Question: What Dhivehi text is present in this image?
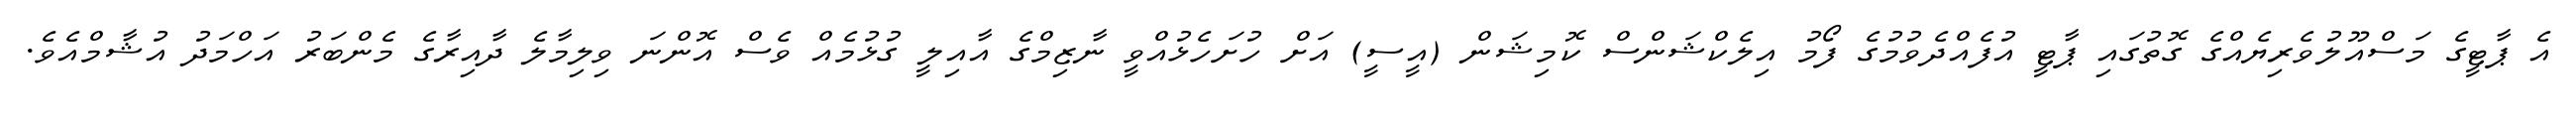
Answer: އެ ޕާޓީގެ މަސްއޫލުވެރިޔެއްގެ ގޮތުގައި ޕާޓީ އުފެއްދެވުމުގެ ފޯމު އިލެކްޝަންސް ކޮމިޝަން (އީސީ) އަށް ހުށަހެޅުއްވީ ނާޒިމްގެ އާއިލީ ގުޅުމެއް ވެސް އޮންނަ ވިލިމާލެ ދާއިރާގެ މެންބަރު އަހްމަދު އުޝާމްއެވެ.